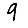
Digit: 9